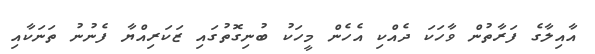
އާއިލާގެ ފަރާތުން ވާހަކަ ދެއްކި އެހެން މީހަކު ބުނިގޮތުގައި ޒަކަރިއްޔާ ފެނުނު ތަނަކާއި